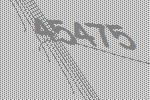
45475